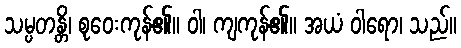
သမ္ပတန္တိ၊ စုဝေးကုန်၏။ ဝါ၊ ကျကုန်၏။ အယံ ဝါရော၊ သည်။